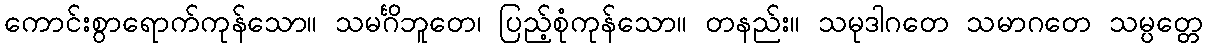
ကောင်းစွာရောက်ကုန်သော။ သမင်္ဂိဘူတေ၊ ပြည့်စုံကုန်သော။ တနည်း။ သမုဒါဂတေ သမာဂတေ သမ္ပတ္တေ